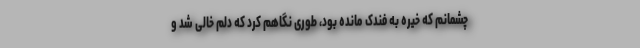
چشمانم که خیره به فندک مانده بود، طوری نگاهم کرد که دلم خالی شد و